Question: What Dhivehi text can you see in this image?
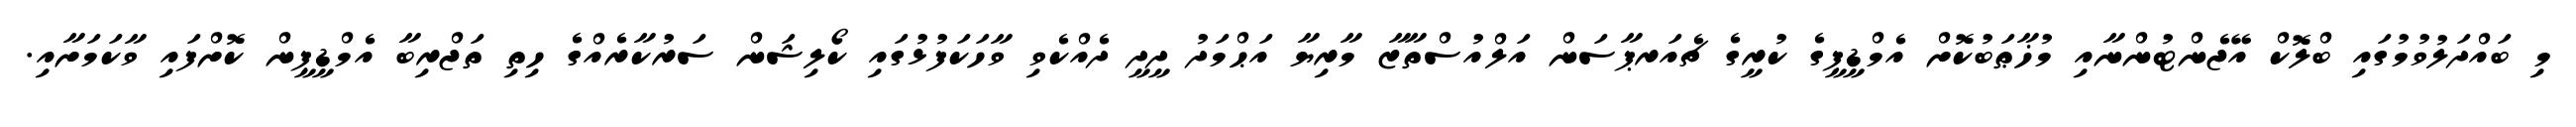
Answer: މި ބައްދަލުވުމުގައި ބްލޮކް އޭޖެންޓުންނާއި މުޚާޠަބުކޮށް އެމްޑީޕީގެ ކުރީގެ ޗެއަރޕާސަން އަލްއުސްތާޒާ މާރިޔާ އަޙްމަދު ދީދީ ދެއްކެވި ވާހަކަފުޅުގައި ކޯލިޝަން ސަރުކާރެއްގެ ހިތި ތަޖްރިބާ އެމްޑީޕީން ކޮށްފައި ވާކަމަށާއި.